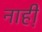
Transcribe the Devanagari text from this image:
नाही़